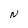
Character: N